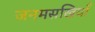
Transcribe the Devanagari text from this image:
जनमसखियाँ